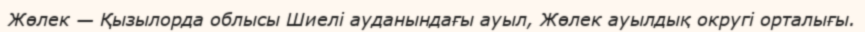
Жөлек — Қызылорда облысы Шиелі ауданындағы ауыл, Жөлек ауылдық округі орталығы.